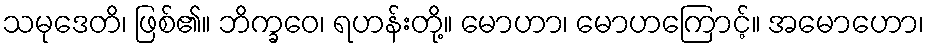
သမုဒေတိ၊ ဖြစ်၏။ ဘိက္ခဝေ၊ ရဟန်းတို့။ မောဟာ၊ မောဟကြောင့်။ အမောဟော၊